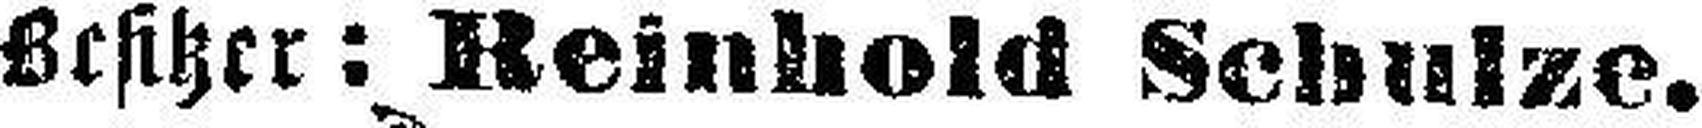
Besitzer: Reinhold Schulze.